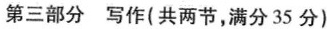
第三部分 写作(共两节，满分35分)